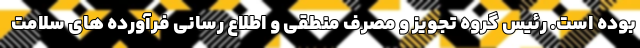
بوده است. رئیس گروه تجویز و مصرف منطقی و اطلاع رسانی فرآورده های سلامت